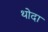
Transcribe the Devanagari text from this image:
थोदा